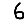
Digit: 6